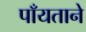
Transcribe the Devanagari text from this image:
पाँयताने